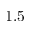
1 . 5